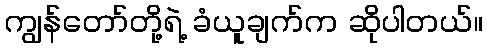
ကျွန်တော်တို့ရဲ့ ခံယူချက်က ဆိုပါတယ်။